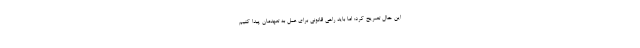
این حال تصریح کرد: اما باید راهی قانونی برای عمل به تعهدمان پیدا کنیم